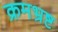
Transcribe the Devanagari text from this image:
क्रमभ्रष्ट